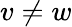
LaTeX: v\neq w